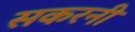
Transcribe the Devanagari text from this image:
सकरनी